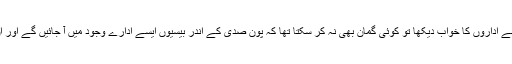
1924ء میں اقبال نے جب اسلامی ممالک میں اجتماعی اجتہاد کے لیے ایسے اداروں کا خواب دیکھا تو کوئی گمان بھی نہ کر سکتا تھا کہ پون صدی کے اندر بیسیوں ایسے ادارے وجود میں آ جائیں گے اور ان کی کارکردگی اور ثقاہت عالم اسلام کو مستحکم کرنے میں معاون ہو گی۔